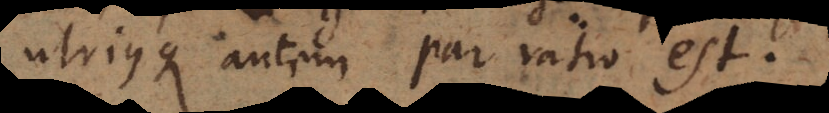
utriusque autem par ratio est.